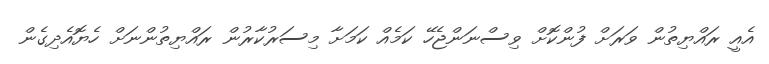
އެއީ ރައްޔިތުން ވަރަށް ފުންކޮށް ވިސްނަންޖެހޭ ކަމެއް ކަމަށާ މިސަރުކާރުން ރައްޔިތުންނަށް ހެޔޮއެދިގެން